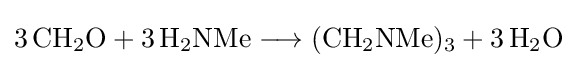
{3\,\mathrm {CH} {\vphantom {A}}_{\smash[{t}]{2}}\mathrm {O} {}+{}3\,\mathrm {H} {\vphantom {A}}_{\smash[{t}]{2}}\mathrm {NMe} {}\mathrel {\longrightarrow } {}(\mathrm {CH} {\vphantom {A}}_{\smash[{t}]{2}}\mathrm {NMe} ){\vphantom {A}}_{\smash[{t}]{3}}{}+{}3\,\mathrm {H} {\vphantom {A}}_{\smash[{t}]{2}}\mathrm {O} }